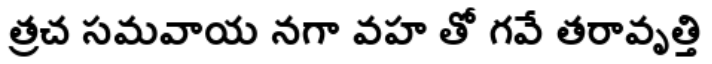
త్రచ సమవాయ నగా వహ తో గవే తరావృత్తి